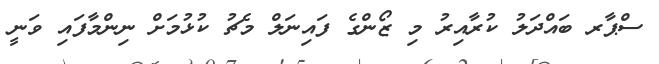
ސްޕާރ ބައްދަލު ކުރާއިރު މި ޒޯންގެ ފައިނަލް މެޗު ކުޅުމަށް ނިންމާފައި ވަނީ